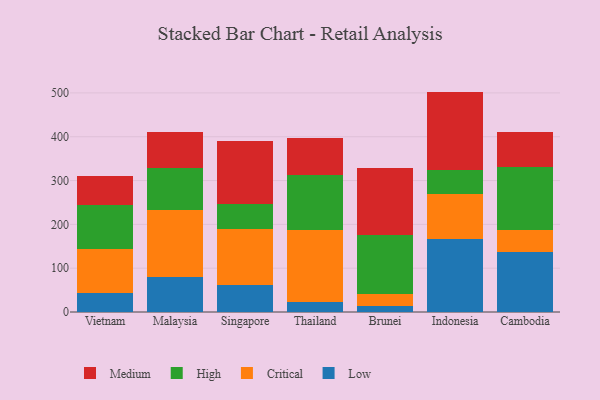
{"axis": {"x": "Country", "y": "Latency (ms)"}, "legend": ["Critical", "High", "Low", "Medium"], "data": [{"x": "Vietnam", "y": 43.3, "type": "Low"}, {"x": "Vietnam", "y": 99.7, "type": "Critical"}, {"x": "Vietnam", "y": 100.3, "type": "High"}, {"x": "Vietnam", "y": 66.0, "type": "Medium"}, {"x": "Malaysia", "y": 79.7, "type": "Low"}, {"x": "Malaysia", "y": 153.4, "type": "Critical"}, {"x": "Malaysia", "y": 94.8, "type": "High"}, {"x": "Malaysia", "y": 82.7, "type": "Medium"}, {"x": "Singapore", "y": 61.5, "type": "Low"}, {"x": "Singapore", "y": 127.1, "type": "Critical"}, {"x": "Singapore", "y": 59.0, "type": "High"}, {"x": "Singapore", "y": 143.0, "type": "Medium"}, {"x": "Thailand", "y": 23.3, "type": "Low"}, {"x": "Thailand", "y": 163.1, "type": "Critical"}, {"x": "Thailand", "y": 125.8, "type": "High"}, {"x": "Thailand", "y": 83.8, "type": "Medium"}, {"x": "Brunei", "y": 12.9, "type": "Low"}, {"x": "Brunei", "y": 27.2, "type": "Critical"}, {"x": "Brunei", "y": 135.1, "type": "High"}, {"x": "Brunei", "y": 153.6, "type": "Medium"}, {"x": "Indonesia", "y": 167.5, "type": "Low"}, {"x": "Indonesia", "y": 102.5, "type": "Critical"}, {"x": "Indonesia", "y": 53.4, "type": "High"}, {"x": "Indonesia", "y": 179.6, "type": "Medium"}, {"x": "Cambodia", "y": 136.6, "type": "Low"}, {"x": "Cambodia", "y": 50.8, "type": "Critical"}, {"x": "Cambodia", "y": 143.3, "type": "High"}, {"x": "Cambodia", "y": 80.7, "type": "Medium"}]}